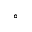
^ { \circ }